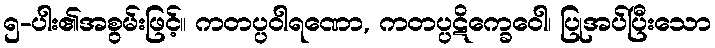
၅-ပါး၏အစွမ်းဖြင့်။ ကတပ္ပဝါရဏော, ကတပ္ပဋိက္ခေဝေါ၊ ပြုအပ်ပြီးသော